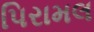
પિરામલ